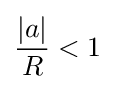
{\frac {\left|a\right|}{R}}<1